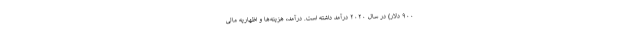
۹۰۰ دلار) در سال ۲۰۲۰ درآمد داشته است. درآمد، هزینه‌ها و اظهاریه مالی